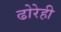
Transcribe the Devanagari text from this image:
ढोरेही